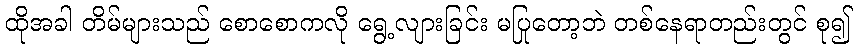
ထိုအခါ တိမ်များသည် စောစောကလို ရွေ့လျားခြင်း မပြုတော့ဘဲ တစ်နေရာတည်းတွင် စု၍